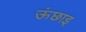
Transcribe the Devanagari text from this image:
ऊंछाइ